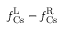
f _ { \mathrm { C s } } ^ { \mathrm { L } } - f _ { \mathrm { C s } } ^ { \mathrm { R } }